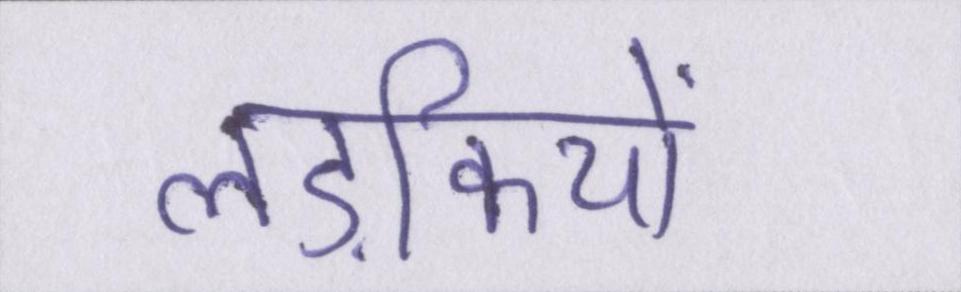
लड़कियों